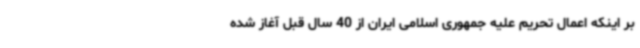
بر اینکه اعمال تحریم علیه جمهوری اسلامی ایران از 40 سال قبل آغاز شده